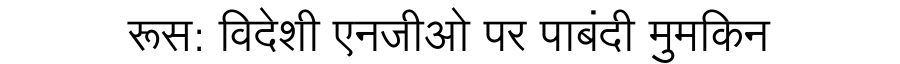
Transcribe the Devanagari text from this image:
रूस: विदेशी एनजीओ पर पाबंदी मुमकिन